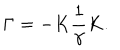
\Gamma = - K \frac { 1 } { \gamma } K .